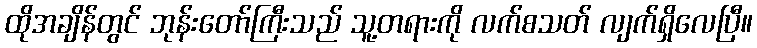
ထိုအချိန်တွင် ဘုန်းတော်ကြီးသည် သူ့တရားကို လက်စသတ် လျက်ရှိလေပြီ။